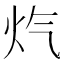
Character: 𪸕